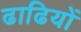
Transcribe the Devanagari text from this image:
ढाढियों